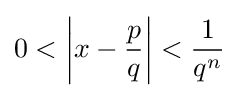
0<\left|x-{\frac {p}{q}}\right|<{\frac {1}{q^{n}}}